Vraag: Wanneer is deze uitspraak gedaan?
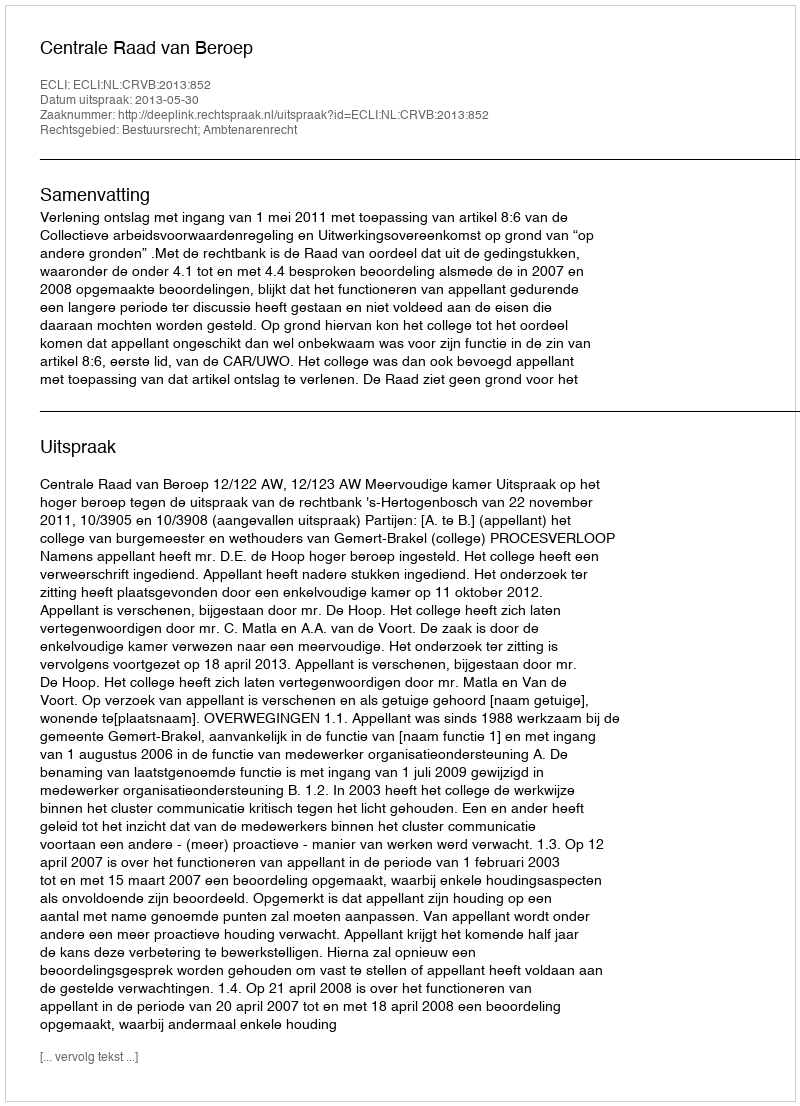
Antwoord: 2013-05-30